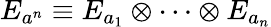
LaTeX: E_{a^{n}}\equiv E_{a_{1}}\otimes\cdots\otimes E_{a_{n}}